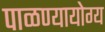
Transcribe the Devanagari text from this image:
पाळण्यायोग्य